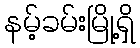
နမ့်ခမ်းမြို့ရှိ